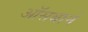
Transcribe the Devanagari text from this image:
ऑसबार्न